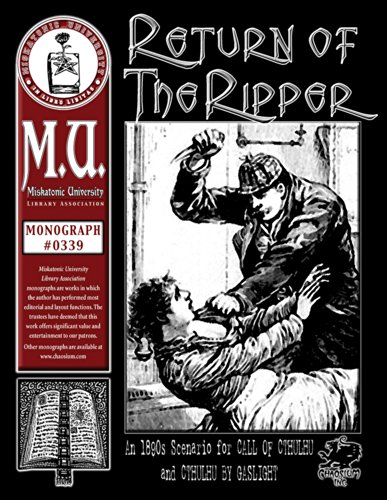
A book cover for Return of the Ripper: An 1890s Scenario for Call of Cthulhu and Cthulhu By Gaslight (M.U. Library Assn. monograph, Call of Cthulhu #0339); W. Barton; Science Fiction & Fantasy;